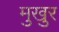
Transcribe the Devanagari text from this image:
मुखुर